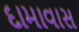
દામાવાસ